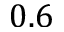
0 . 6